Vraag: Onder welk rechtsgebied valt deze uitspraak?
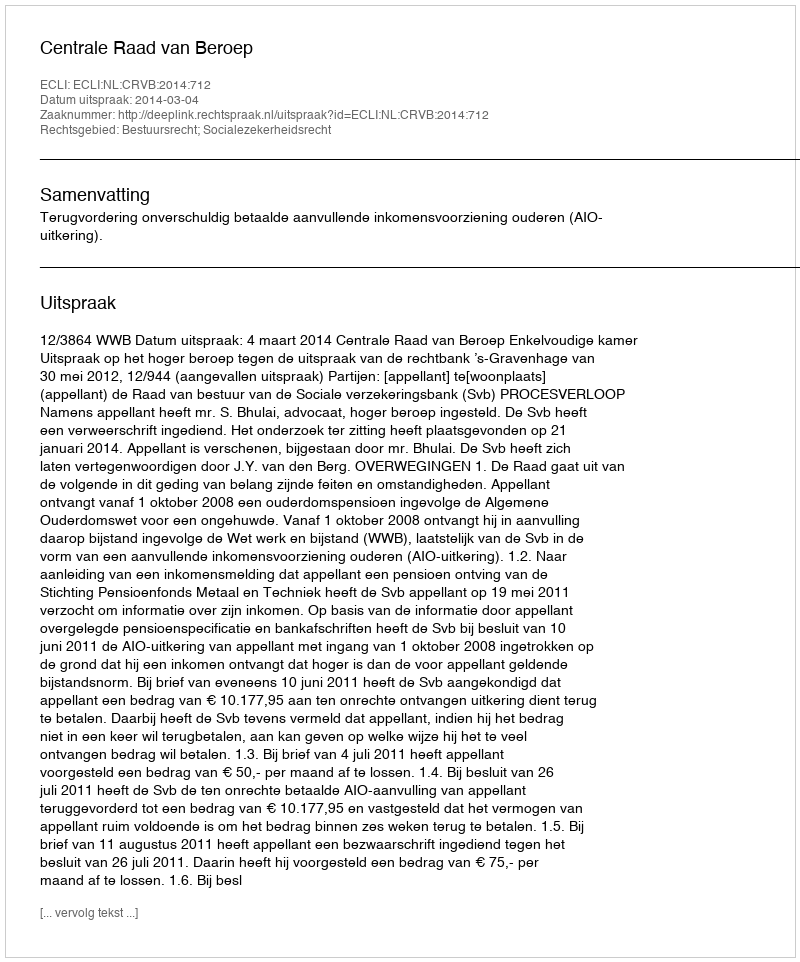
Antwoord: Bestuursrecht; Socialezekerheidsrecht